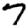
Digit: 7